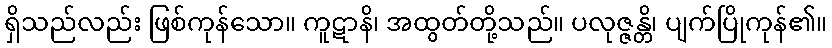
ရှိသည်လည်း ဖြစ်ကုန်သော။ ကူဋာနိ၊ အထွတ်တို့သည်။ ပလုဇ္ဇန္တိ၊ ပျက်ပြိုကုန်၏။